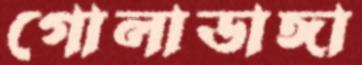
গোলাডাঙ্গা